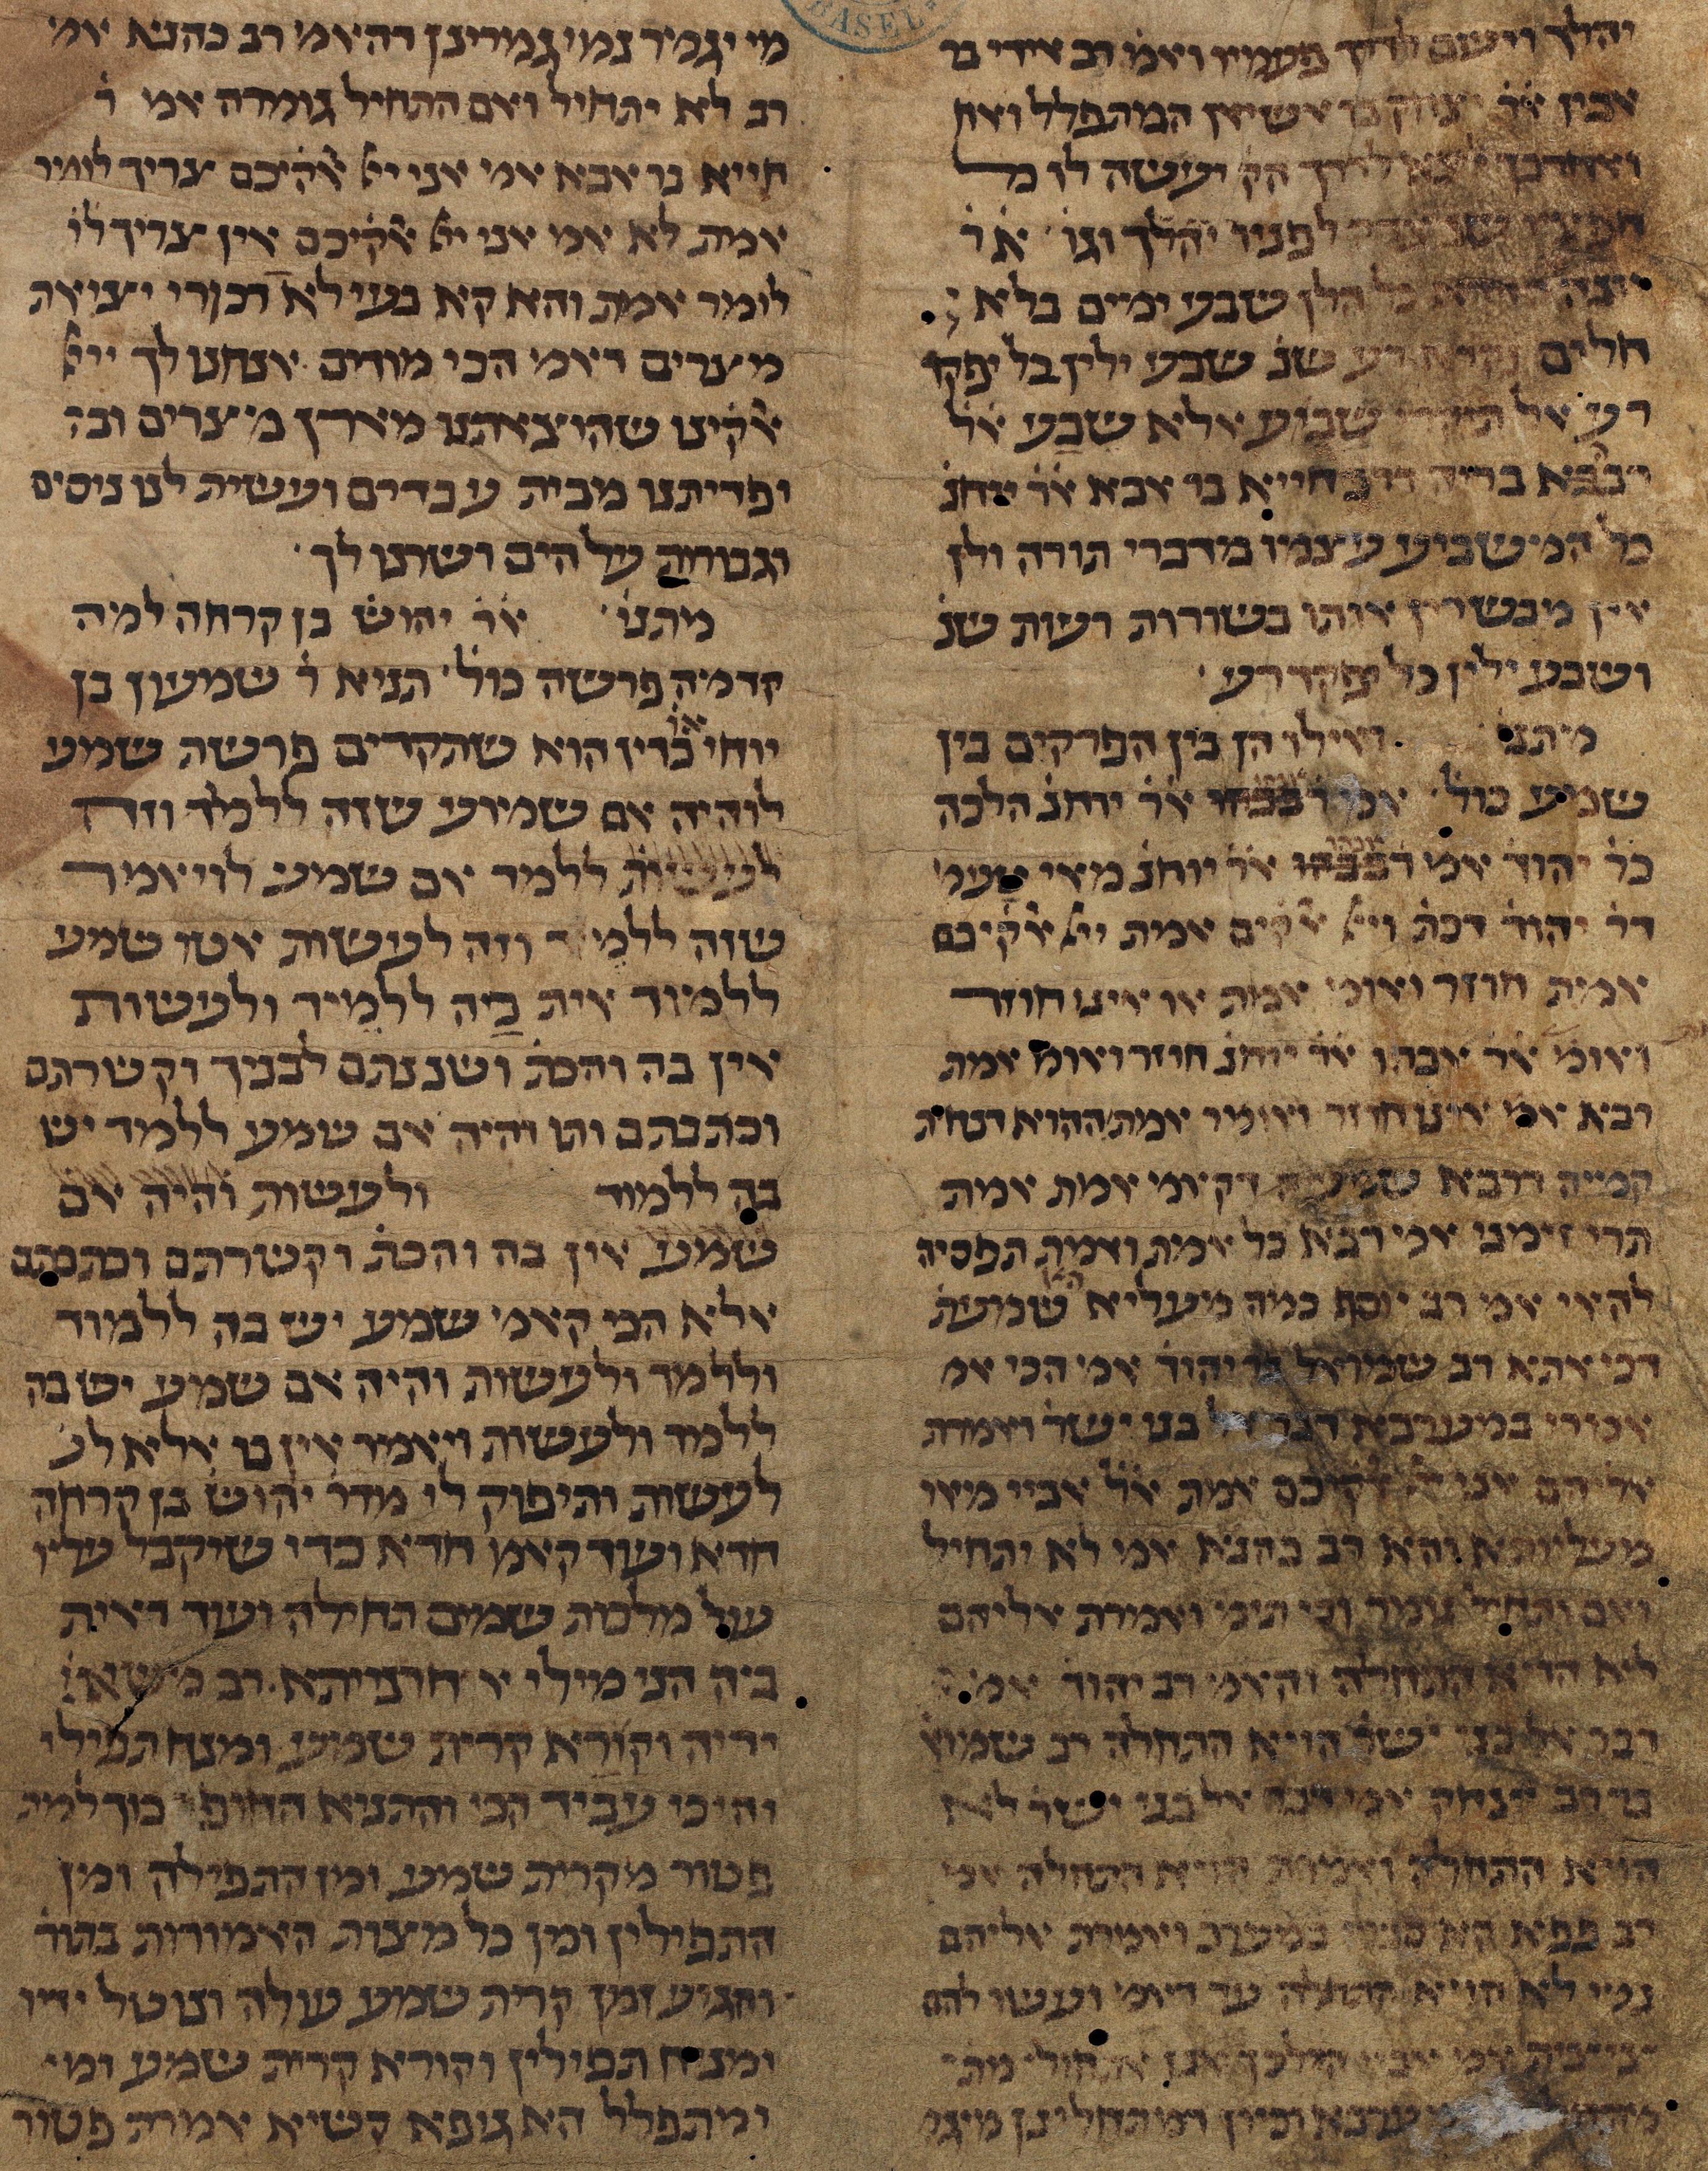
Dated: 1385–1399